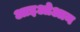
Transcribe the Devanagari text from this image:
आइओआन